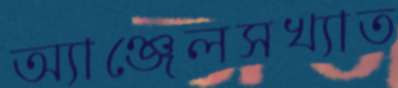
অ্যাঞ্জেলসখ্যাত